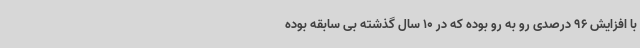
با افزایش 96 درصدی رو به رو بوده که در 10 سال گذشته بی سابقه بوده